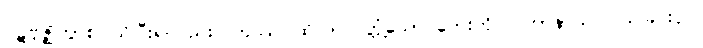
ပဋိဗုဇ္ဈိတွာစ၊ သိပြီး၍လည်း။ တဿ၊ ထိုလာလတ္တံ့သော ဘေးကို။ ပဟာနာယ၊ ပယ်ခြင်းငှာ။